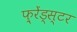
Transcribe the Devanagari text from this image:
फ़्रेंड्स्टर